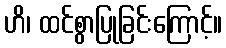
ဟိ၊ ထင်စွာပြုခြင်းကြောင့်။